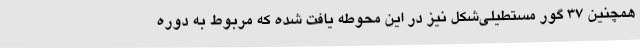
همچنین ۳۷ گور مستطیلی‌شکل نیز در این محوطه یافت شده که مربوط به دوره